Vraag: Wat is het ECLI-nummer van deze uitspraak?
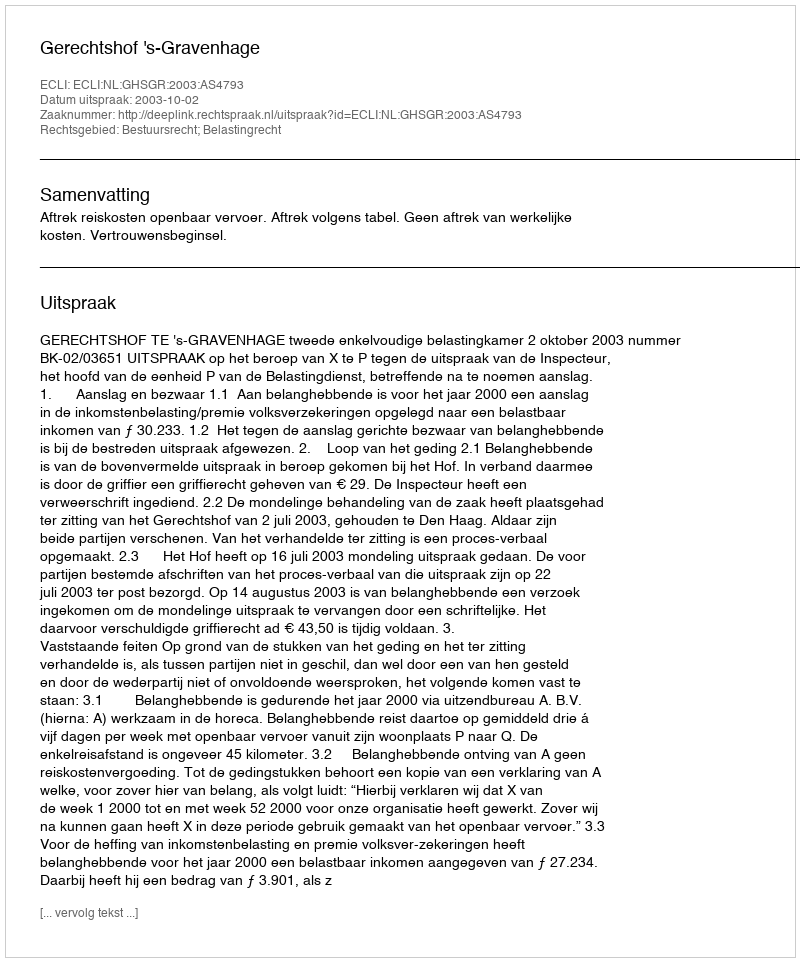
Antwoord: ECLI:NL:GHSGR:2003:AS4793